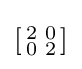
\left[{\begin{smallmatrix}2&0\\0&2\end{smallmatrix}}\right]